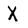
Character: X